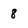
Character: 8